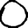
Digit: 0